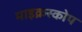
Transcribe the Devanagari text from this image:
माइक्रस्कोप